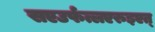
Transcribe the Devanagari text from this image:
सएउर्फत्लएरुइएत्